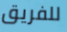
للفريق